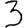
Digit: 3